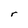
Character: r